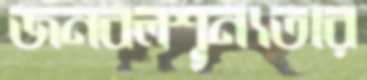
জনবলশূন্যতার